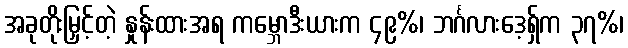
အခုတိုးမြှင့်တဲ့ နှုန်းထားအရ ကမ္ဘောဒီးယားက ၄၉%၊ ဘင်္ဂလားဒေ့ရှ်က ၃၇%၊